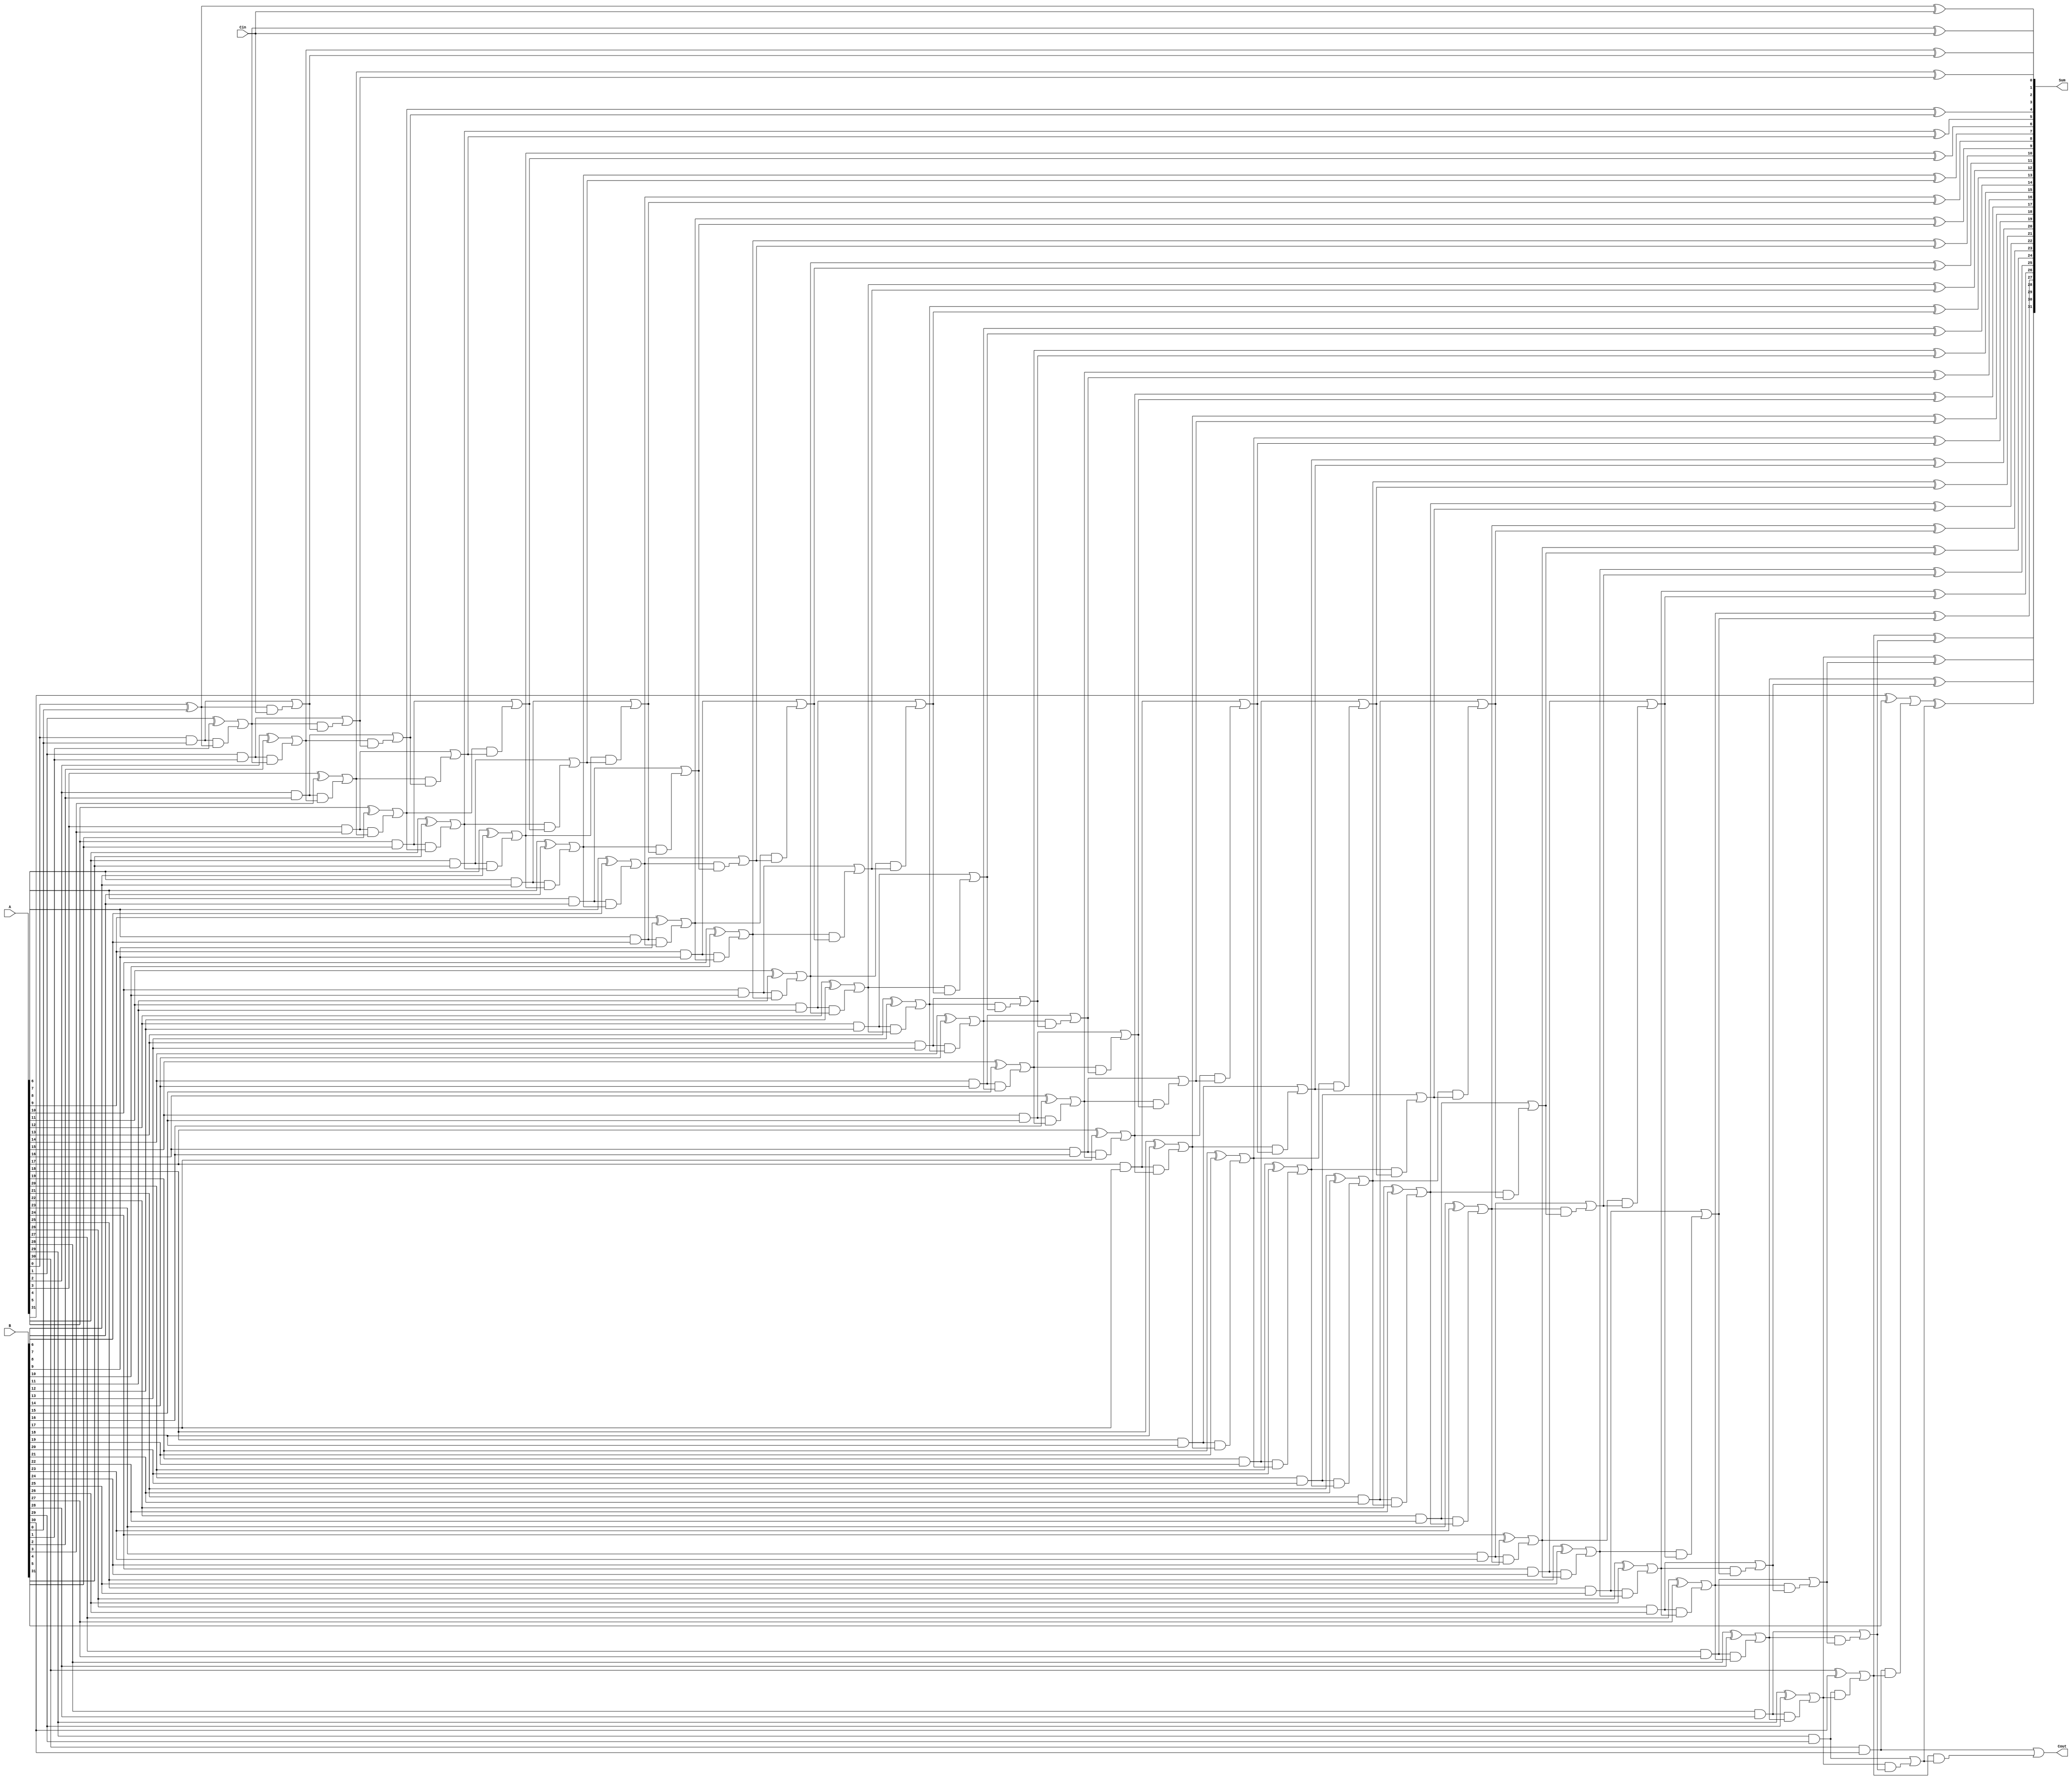
module carry_bypass_adder (
    input [31:0] A,
    input [31:0] B,
    input Cin,
    output [31:0] Sum,
    output Cout
);

// Internal wire declarations
wire [31:0] G, P, C;

// Generate Stage
genvar i;
generate
    for (i = 0; i < 32; i = i + 1) begin : gen_stage
        assign G[i] = A[i] & B[i];
    end
endgenerate

// Propagate Stage
assign P[0] = A[0] ^ B[0];
generate
    for (i = 1; i < 32; i = i + 1) begin : prop_stage
        assign P[i] = (A[i] ^ B[i]) | (G[i - 1] & P[i - 1]);
    end
endgenerate

// Carry Stage
assign C[0] = Cin;
generate
    for (i = 1; i < 32; i = i + 1) begin : carry_stage
        assign C[i] = G[i - 1] | (P[i - 1] & C[i - 1]);
    end
endgenerate

// Sum output
assign Sum[0] = A[0] ^ B[0] ^ Cin;
generate
    for (i = 1; i < 32; i = i + 1) begin : sum_output
        assign Sum[i] = P[i] ^ C[i - 1];
    end
endgenerate

// Carry output
assign Cout = C[31];

endmodule